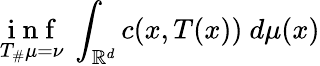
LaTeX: \underset{T_{\# }\mu=\nu}{\mathrm{~i~n~f~}}\ \int_{\mathbb{R}^{d}}c(x,T(x))\ d\mu(x)